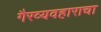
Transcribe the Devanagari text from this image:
गैरव्यवहाराचा